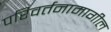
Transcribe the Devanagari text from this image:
परिवर्तनामागील